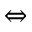
\Leftrightarrow